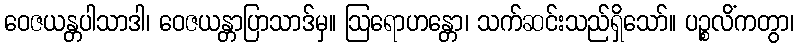
ဝေဇယန္တပါသာဒါ၊ ဝေဇယန္တာပြာသာဒ်မှ။ ဩရောဟန္တော၊ သက်ဆင်းသည်ရှိသော်။ ပဉ္စလိံကတွာ၊